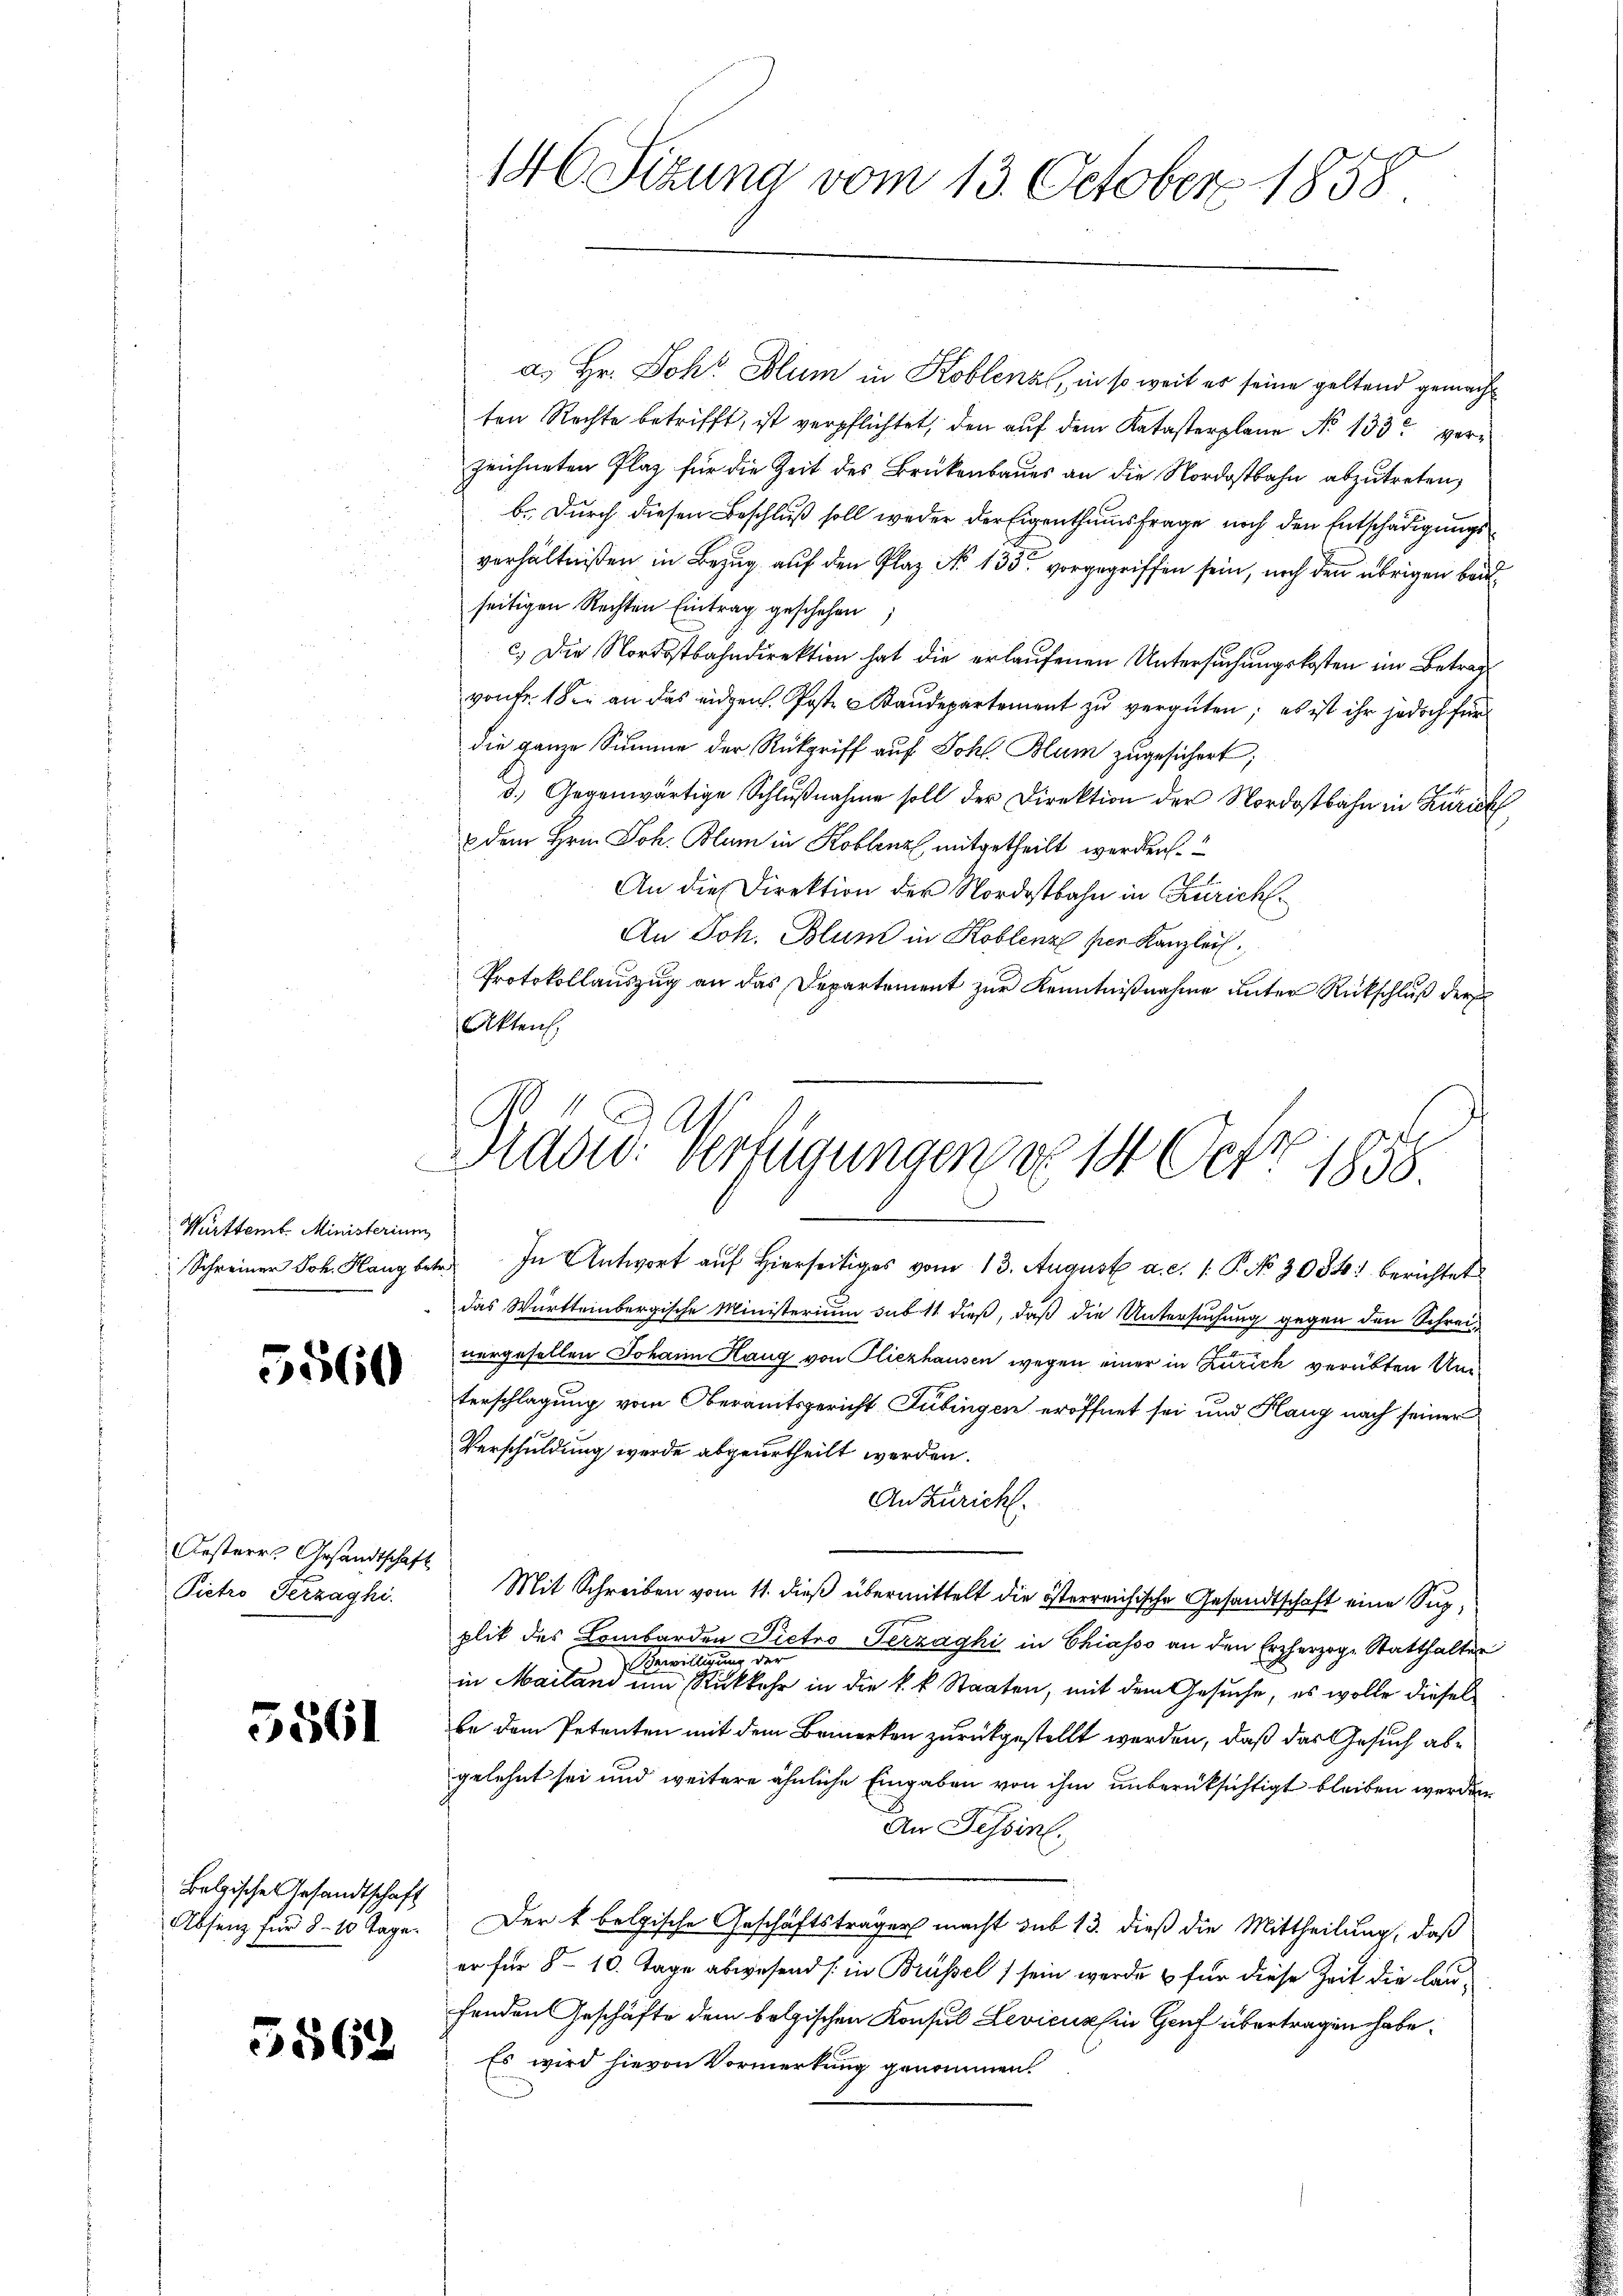
Württemt. Ministerium

5560

Oesterr. Gesandtschaft
Pictro Terzaghi.

5561

Belgische Gesandtschaft
Absenz für 8 - 10 Tage.

5562

Akten.

146 Sizung vom 13. October 1858

Bradw. Verfügungen d. 14 Oct. 1858.
.

a. Hr. Joh. Blum in Koblenz, in so weil es seine geltend gemacht
ten Rechte betrifft, ist verpflichtet, den auf dem Katasterplane No 133 verzeichneten Plaz für die Zeit des Brükenbaues an die Nordostbahn abzutreten,
b. Durch diesen Beschluß soll weder der Eigenthumsfrage noch den Entschädigungsverhältnißen in Bezug auf den Plaz No 135 vorgegriffen sein, noch den übrigen Bauseitigen Rechten Eintrag geschehen
c.) Die Nordostbahndirektion hat die erlaufenen Untersuchungskosten im Betrag
vonFr. 1 der an das eidgen. Poste Staudepartement zu vergüten; es ist ihr jedoch für
die ganze Summe der Rückgriff auf Johl. Blum zugesichert;
d.) Gegenwärtige Schlŭβnahme soll der Direktion der Nordostbahn in Zürich
& dem Hrnn Joh. Blum in Koblenz mitgetheilt werden.
An die Direktion der Nordostbahn in Zürich
An Joh. Blum in Koblenz per Kanzlei
Protokollauszug an das Departement zur Kenntnißnahme unter Rückschluß der
Schreiner Joh. Hang betr. In Antwort auf hierseits vom 13. August a. c. 1. P. No 3084. berichtet
das Württembergische Ministerium sub 11 dieß, daß die Untersuchung gegen den Schrei-
vergesellen Johann Haug von Fliezhausen wegen einer in Zürich verübten Umterschlagung vom Oberamtsgericht Tübingen eröffnet sei und Flang nach seiner
Verschuldung werde abgeurtheilt werden.
An Züricht.
Mit Schreiben vom 11. dieß übermittelt die österreichische Gesandtschaft eine Supplik des Lombarden Pietro Terzaghi in Chiasso an den Erzherzoge Statthalter
Bewilligung der
in Mailand um Rückkehr in die k. k. Staaten, mit dem Gesuche, es wolle diesel
be dem Petenten mit dem Bemerken zurückgestellt werden, daß das Gesuch abgelehnt sei und weitere ähnliche Eingaben von ihm unberüksichtigt bleiben werden
An Tessin.
Der f belgische Geschäftsträger macht sub 13. dieß die Mittheilung, daß
er für 8 - 10. Tage abwesend (in Brüssel sein werde & für diese Zeit die laufenden Geschäfte dem bolzischen Konsul Levicus hin Genf übertragen habe.
Es wird hievon Vormerkung genommen.